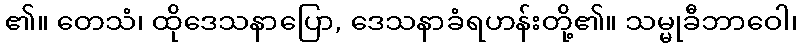
၏။ တေသံ၊ ထိုဒေသနာပြော, ဒေသနာခံရဟန်းတို့၏။ သမ္မုခီဘာဝေါ၊